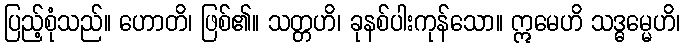
ပြည့်စုံသည်။ ဟောတိ၊ ဖြစ်၏။ သတ္တဟိ၊ ခုနစ်ပါးကုန်သော။ ဣမေဟိ သဒ္ဓမ္မေဟိ၊